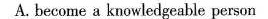
A. become a knowledgeable person